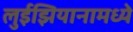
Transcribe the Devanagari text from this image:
लुईझियानामध्ये